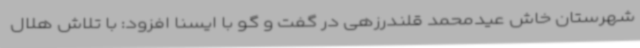
شهرستان خاش عیدمحمد قلندرزهی در گفت و گو با ایسنا افزود: با تلاش هلال